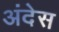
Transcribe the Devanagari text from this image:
अंदेस